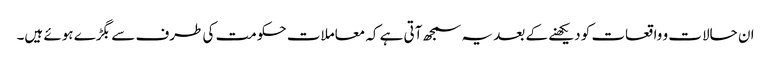
ان حالات و واقعات کو دیکھنے کے بعد یہ سمجھ آتی ہے کہ معاملات حکومت کی طرف سے بگڑے ہوئے ہیں۔